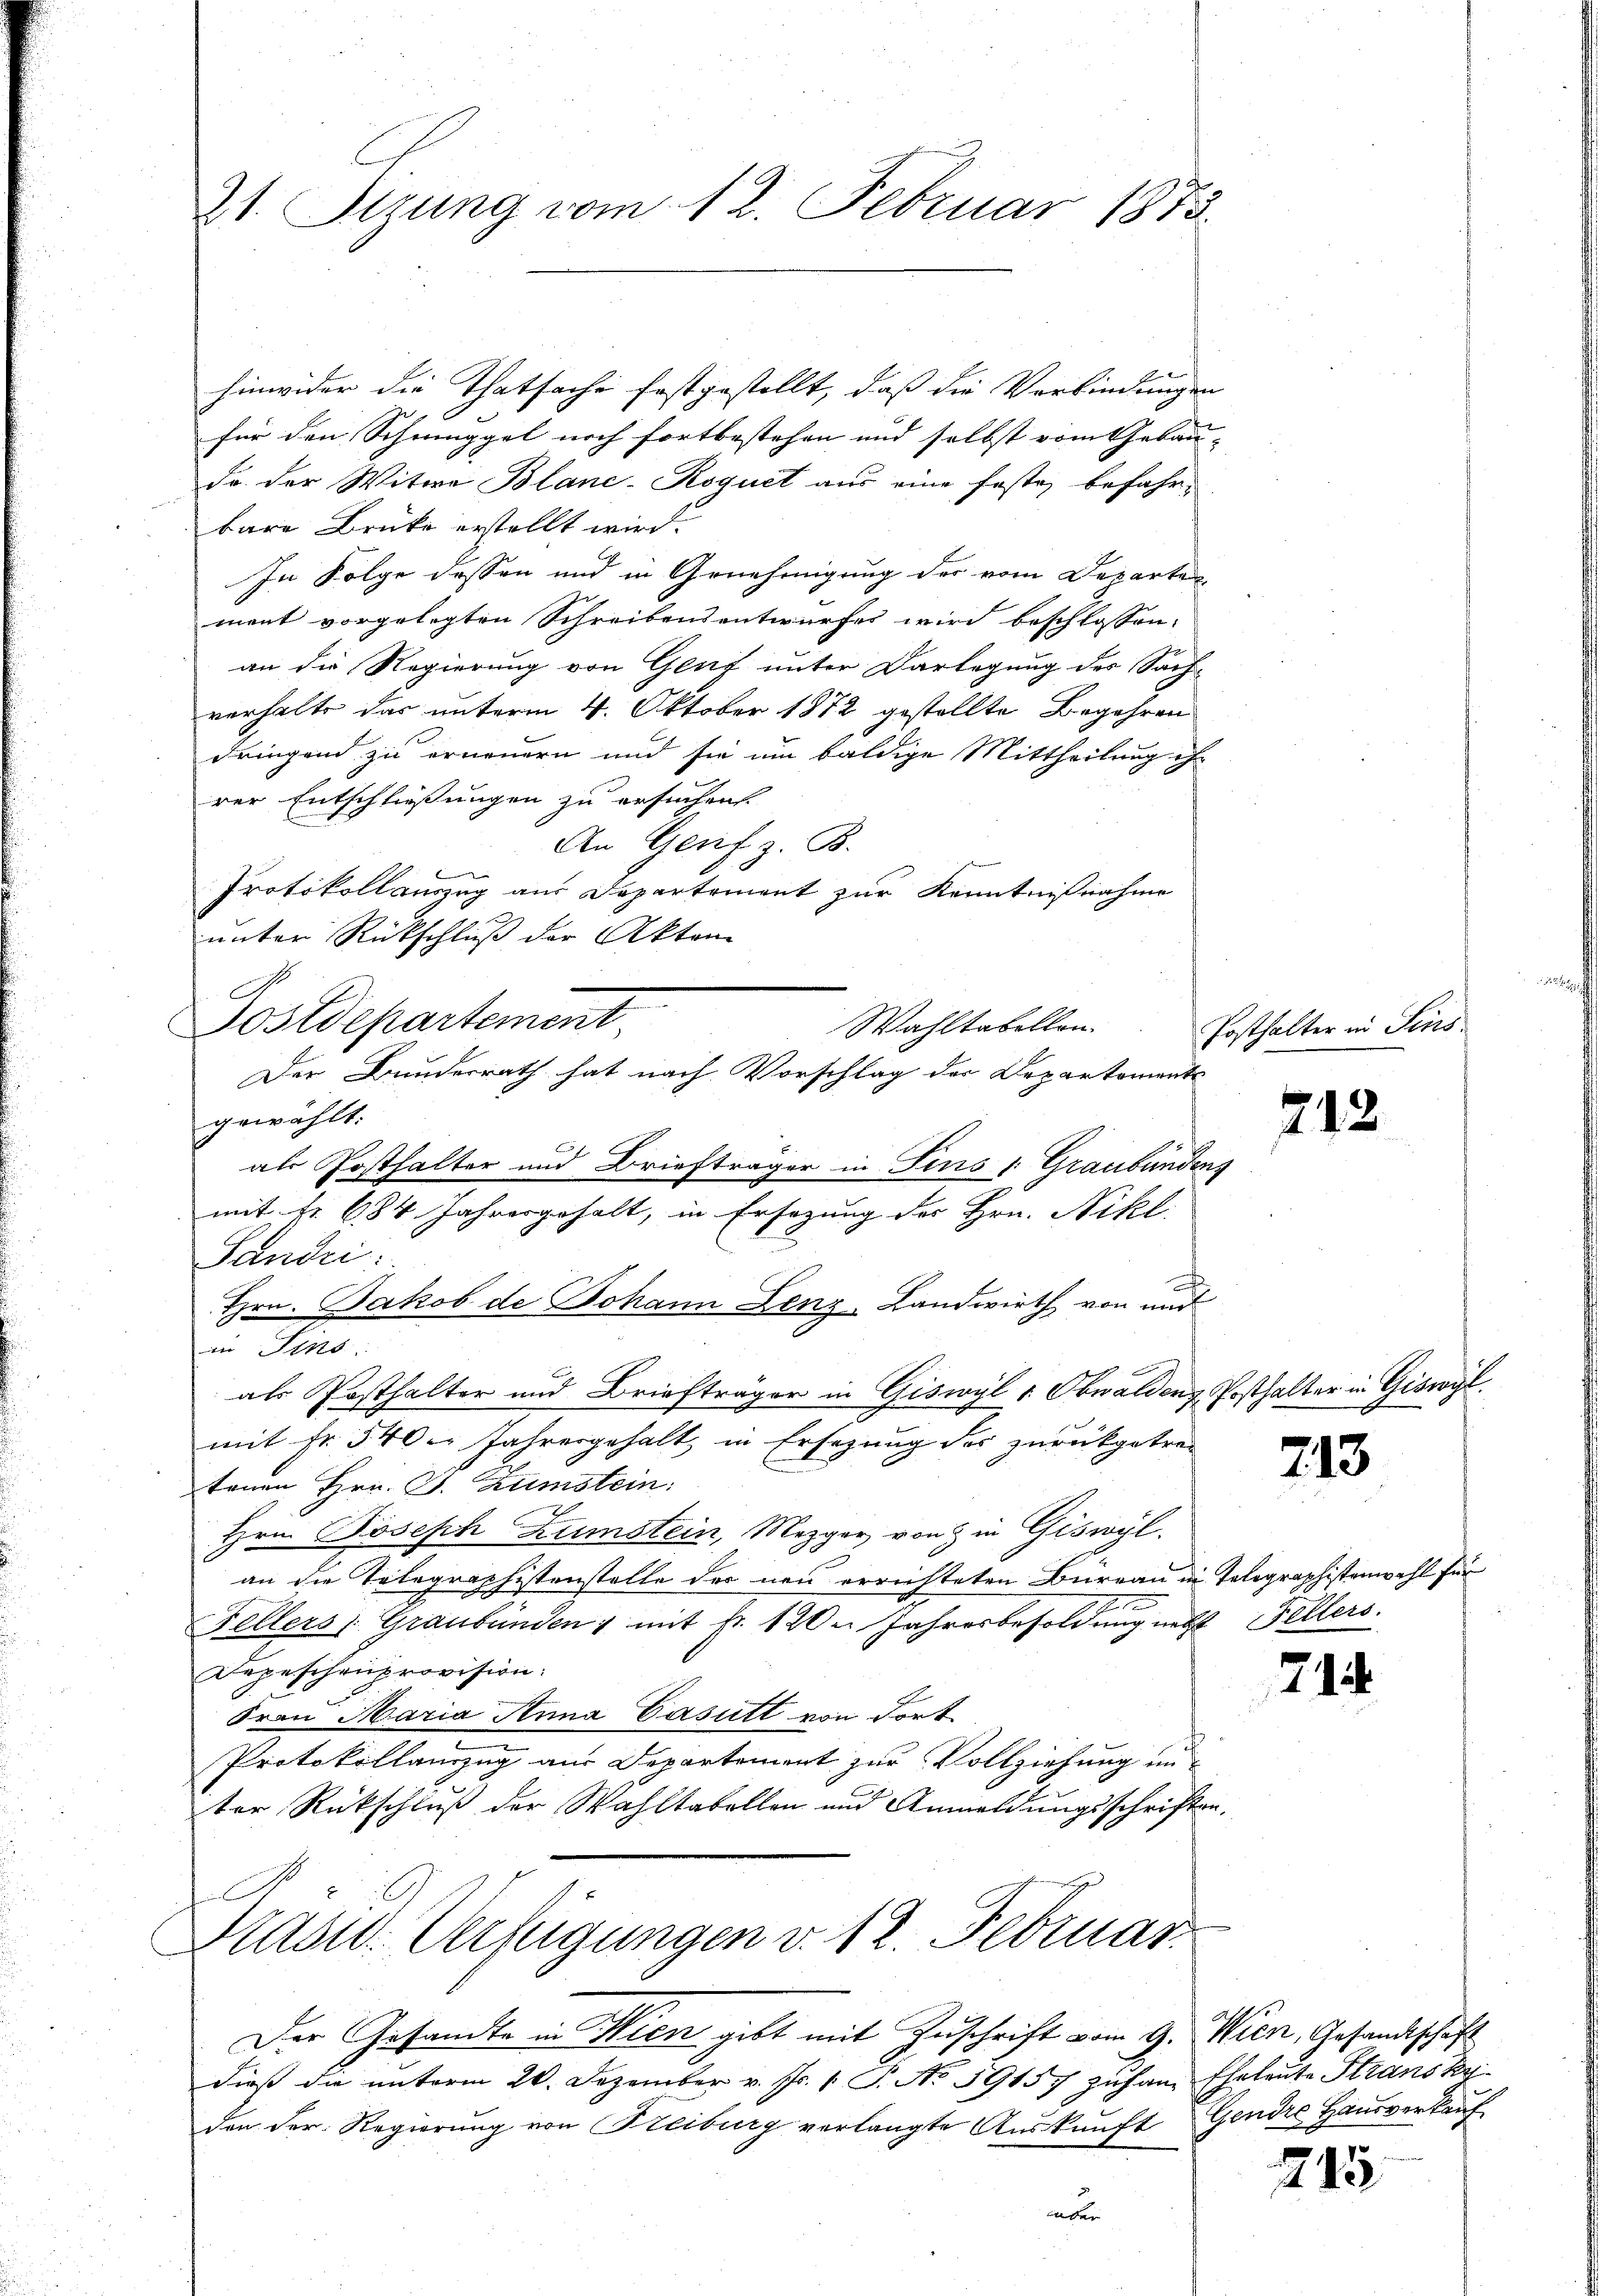
21. Strung vom 12. Februar 1873.

hinwider die Thatsache festgestellt, daß die Verbindungen
für den Schmuggel noch fortbestehen und selbst vom Gebäu- |
da der Witwe Blane-Roquet aus eine feste, befahr-
bare Brüke erstellt wird.
In Folge dessen und in Genehmigung der vom Departen
ment vorgelegten Schreibensentwurfes wird beschlossen:
an die Regierung von Genf unter Darlegung des Sachverhalte das unterm 4. Oktober 1872 gestellte Begehren
dringend zu erneuern und sie um baldige Mittheilung ehe
rer Entschließungen zu ersuchen.
An Genf z. B.
r
Protokoll auszug aus Departement zur Kenntnißnahme
unter Rückschluß der Akten
Postdepartement
gewählt:
als Posthalter und Briefträger in Seris 1. Graubündens
mit Fr. 684 Jahresgehalt, in Ersezung des Hrn. Nikl
Sandri:
a
Hrn. Jakob de Johann Denz, Landwirth von und
an Sens
als Posthalter und Briefträger in Giswyl - Obwaldenz Posthalter in Giswyl
mit Fr. 540. Jahresgehalt, in Ersezung des zurückgetre-
tenen Hrn. J. Rumstein:
Hrn. Boseph Zumstein, Mezger von & in Giswyl
an die Telegraphistenstelle der neu errichteten Bureau in Telegraphistenwohl für

Fellers: Graubünden & mit fr. 120. Jahresbesoldung nett Fellers.
Depeschenprovision.
Frau Maria Anna Casutt von dort
Protokollanzug aus Departement zur Vollziehung un-
ter Rückschluß der Wahltabellen und Anmeldungsschriften.

A

Wahltabellen.
Der Bunderrath hat nach Vorschlag der Departements

Brasid. Verfügungen v. 12. Februar.

Der Gesandte in Wien gibt mit Zuschrift vom 9. Wien, Gesandtschaft
dieß die unterm 20. Dezember v. Fr. 1. P. No 59157 zuhan. Eheleute Stransky
den der Regierung von Freiburg verlangte Auskunft Gendre Hausverkauf
über

Posthalter in Sens

712

713

71

245